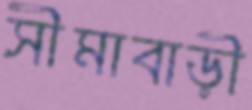
সীমাবাড়ী